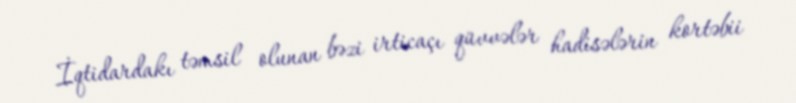
İqtidardakı təmsil olunan bəzi irticaçı qüvvələr hadisələrin kortəbii